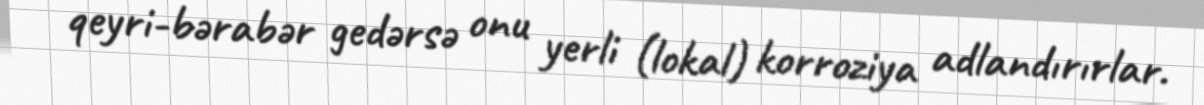
qeyri-bərabər gedərsə onu yerli (lokal) korroziya adlandırırlar.